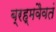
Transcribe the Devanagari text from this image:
ब्रह्मवैवतं